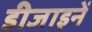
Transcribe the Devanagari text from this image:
डीजाइनें